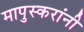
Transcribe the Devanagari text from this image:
मापुस्करांनी